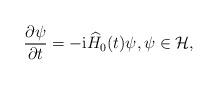
LaTeX: \begin{align*}\frac{\partial \psi}{\partial t}=-{\rm i}\widehat H_0(t)\psi,\psi\in \mathcal{H},\end{align*}